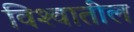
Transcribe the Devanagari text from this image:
विश्‍वातील